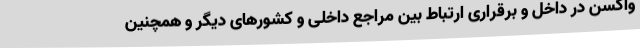
واکسن در داخل و برقراری ارتباط بین مراجع داخلی و کشورهای دیگر و همچنین